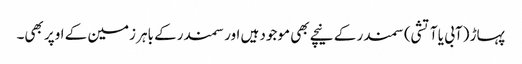
پہاڑ (آبی یا آتشی) سمندر کے نیچے بھی موجود ہیں اور سمندرکے باہر زمین کے اوپر بھی۔